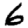
Digit: 6